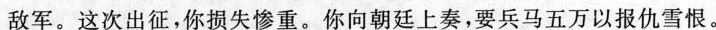
敌军。这次出征，你损失惨重。你向朝廷上奏，要兵马五万以报仇雪恨。